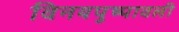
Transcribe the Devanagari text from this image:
विनयपुष्पावली